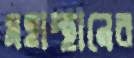
মহাস্থানের